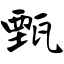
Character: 甄